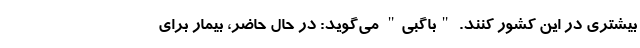
بیشتری در این کشور کنند. "باگبی" می‌گوید: در حال حاضر، بیمار برای